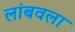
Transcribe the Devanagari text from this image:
लांबवला